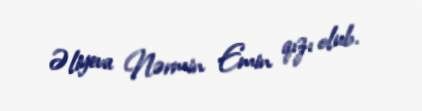
Əliyeva Nərmin Emin qızı olub.